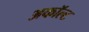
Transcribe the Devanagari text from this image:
अकॉल्ट